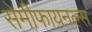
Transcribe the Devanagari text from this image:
सेमीफायनल्स